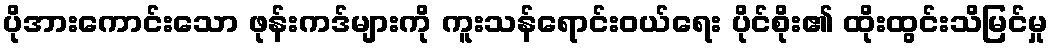
ပိုအားကောင်းသော ဖုန်းကဒ်များကို ကူးသန်ရောင်းဝယ်ရေး ပိုင်စိုး၏ ထိုးထွင်းသိမြင်မှု